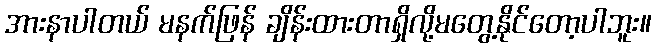
အားနာပါတယ် မနက်ဖြန် ချိန်းထားတာရှိလို့မတွေ့နိုင်တော့ပါဘူး။